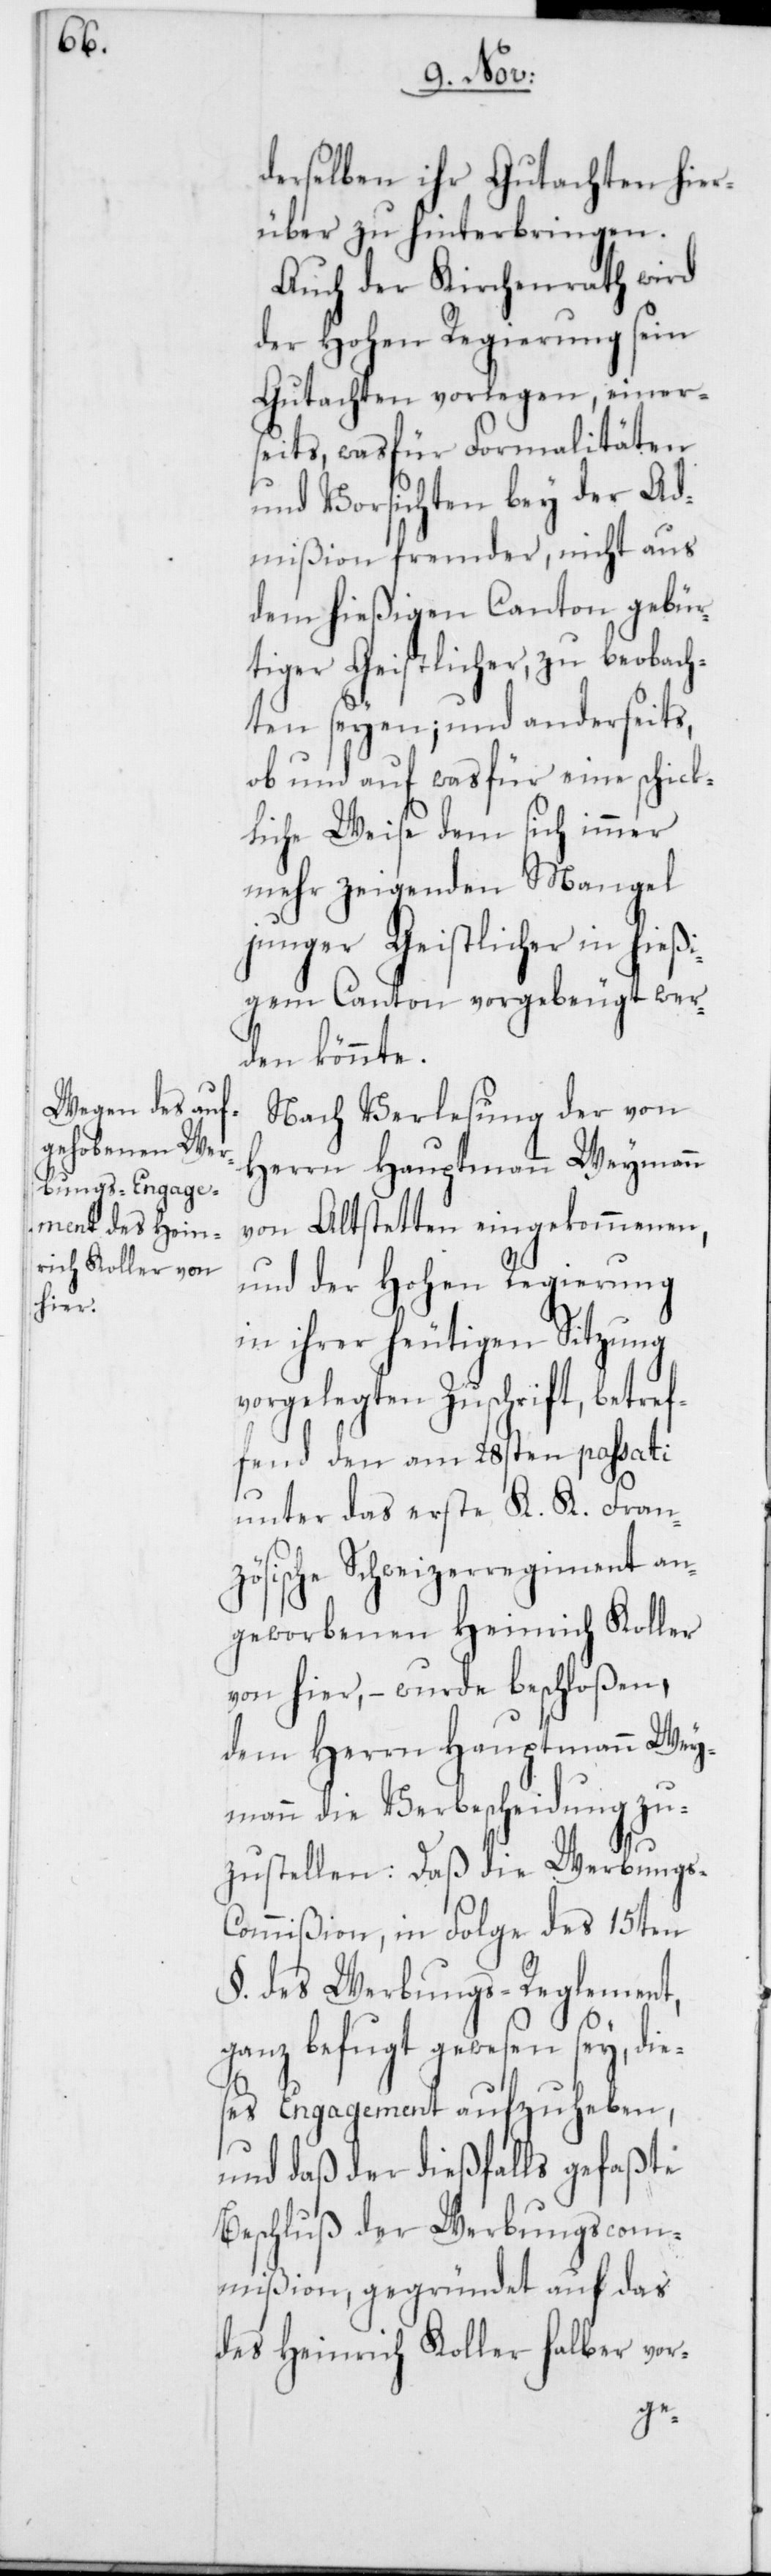
derselben ihr Gutachten hier¬
über zu hinterbringen.
Auch der Kirchenrath wird
der Hohen Regierung sein
Gutachten vorlegen, einers¬
eits was für Formalitäten
und Vorsichten bey der Ad¬
mißion fremder, nicht aus
dem hießigen Canton gebür¬
tiger Geistlicher, zu beobach¬
ten seyen; und anderseits,
ob und auf was für eine schick¬
liche Weise dem sich immer
mehr zeigenden Mangel
junger Geistlicher in hießi¬
gem Canton vorgebeugt wer¬
den könnte.
Nach Verlesung der von
Herrn Hauptmann Weymann
von Altstetten eingekommenen,
und der Hohen Regierung
in ihrer heutigen Sitzung
vorgelegten Zuschrift, betref¬
fend den am 28sten passati
unter das erste K. K. Fran¬
zösische Schweizerregiment an¬
geworbenen Heinrich Koller
von hier, – wurde beschloßen,
dem Herrn Hauptmann Wey¬
mann die Verbescheidung zu¬
zustellen: Daß die Werbungs-C¬
ommißion, in Folge des 15ten
§. des Werbungs-Reglement,
ganz befugt gewesen sey, di¬
eses Engagement aufzuheben,
und daß der dießfalls gefaßte
Beschluß der Werbungscom¬
mißion, gegründet auf das
des Heinrich Koller halber vor-